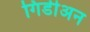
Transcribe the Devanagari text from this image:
गिडीअन